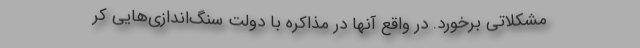
مشکلاتی برخورد. در واقع آنها در مذاکره با دولت سنگ‌اندازی‌هایی کر